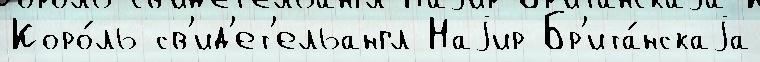
Коро́ль св'ид'ет'ельангл Наjир Бр'ита́нскаjа